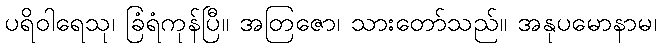
ပရိဝါရေသု၊ ခြံရံကုန်ပြီ။ အတြဇော၊ သားတော်သည်။ အနုပမောနာမ၊